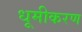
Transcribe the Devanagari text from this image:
धूमीकरण